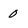
Character: 0